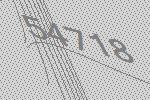
54718